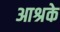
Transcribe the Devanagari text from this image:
आश्रके